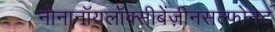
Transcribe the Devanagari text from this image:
नोनानॉयलॉक्सीबेंज़ीनसल्फोनेट